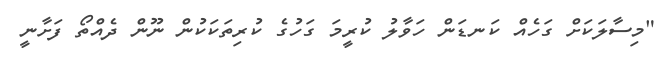
"މިސާލަކަށް ގަހެއް ކަނޑަން ހަވާލު ކުރީމަ ގަހުގެ ކުރިތަކަކުން ނޫން ދެއްތޯ ފަށާނީ